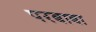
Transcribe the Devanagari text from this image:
परबाबा